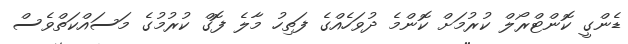
ޑެންގީ ކޮންޓްރޯލް ކުރުމަށް ކޮންމެ ދުވަހެއްގެ ފަތިހު މާލެ ފޮގް ކުރުމުގެ މަސައްކަތްވެސް